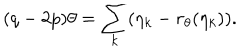
LaTeX: ( q - 2 p ) \theta = \sum _ { k } ( \eta _ { k } - r _ { \theta } ( \eta _ { k } ) ) .